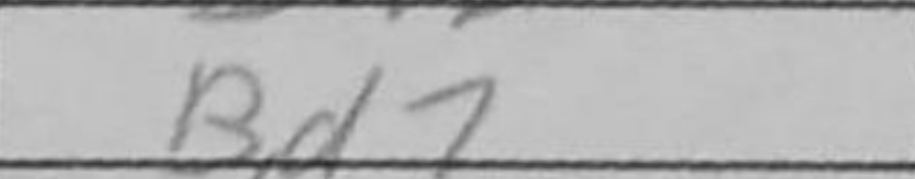
Transcription: Bd7